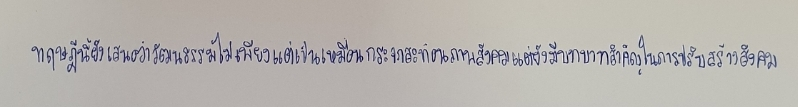
ทฤษฎีนี้ยังเสนอว่าวัฒนธรรมไม่เพียงแต่เป็นเหมือนกระจกสะท้อนภาพสังคมแต่ยังมีบทบาทสำคัญในการปรับสร้างสังคม